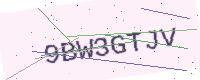
Text: 9BW3GTJV